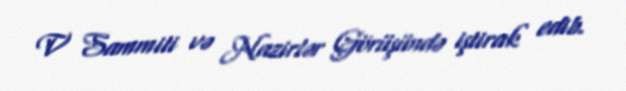
V Sammiti və Nazirlər Görüşündə iştirak edib.